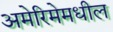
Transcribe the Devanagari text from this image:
अमेरिमेमधील